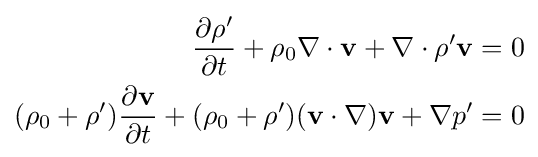
{\begin{aligned}{\frac {\partial \rho '}{\partial t}}+\rho _{0}\nabla \cdot \mathbf {v} +\nabla \cdot \rho '\mathbf {v} &=0\\(\rho _{0}+\rho '){\frac {\partial \mathbf {v} }{\partial t}}+(\rho _{0}+\rho ')(\mathbf {v} \cdot \nabla )\mathbf {v} +\nabla p'&=0\end{aligned}}